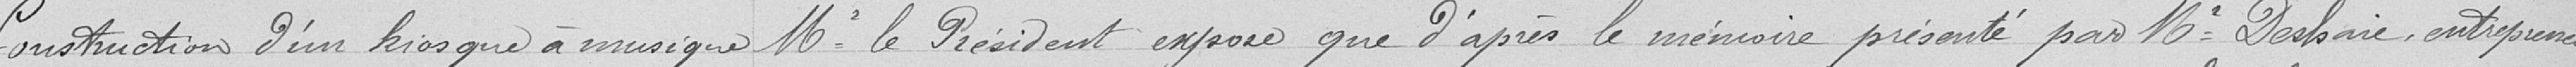
Construction d'un kiosque à musique Monsieur le Président expose que d'après le mémoire présenté par Monsieur Deshair, entrepreneur